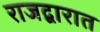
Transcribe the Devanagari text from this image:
राजद्वारात